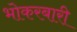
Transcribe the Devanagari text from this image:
भोकरबारी